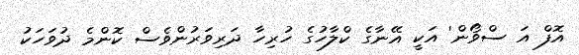
އޮފް އަ ސްވޯން' އަކީ އޭނާގެ ކްލާހުގެ ހުރިހާ ދަރިވަރުންވެސް ކޮންމެ ދުވަހަކު